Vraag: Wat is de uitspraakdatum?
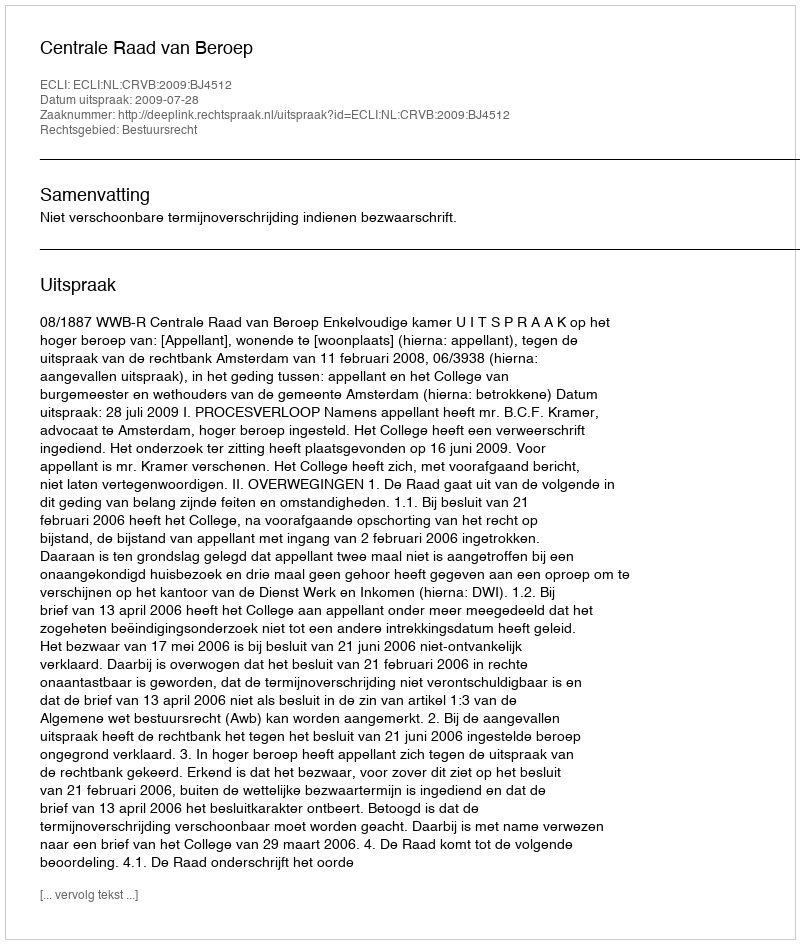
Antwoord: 2009-07-28